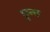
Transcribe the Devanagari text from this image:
छुन्छ